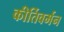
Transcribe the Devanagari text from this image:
कीर्तिवर्मन